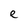
Character: e